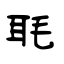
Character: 毦